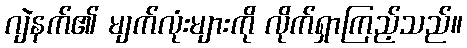
ဂျဲနက်၏ မျက်လုံးများကို လိုက်ရှာကြည့်သည်။